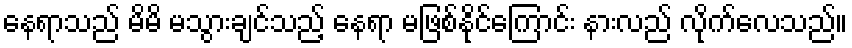
နေရာသည် မိမိ မသွားချင်သည့် နေရာ မဖြစ်နိုင်ကြောင်း နားလည် လိုက်လေသည်။